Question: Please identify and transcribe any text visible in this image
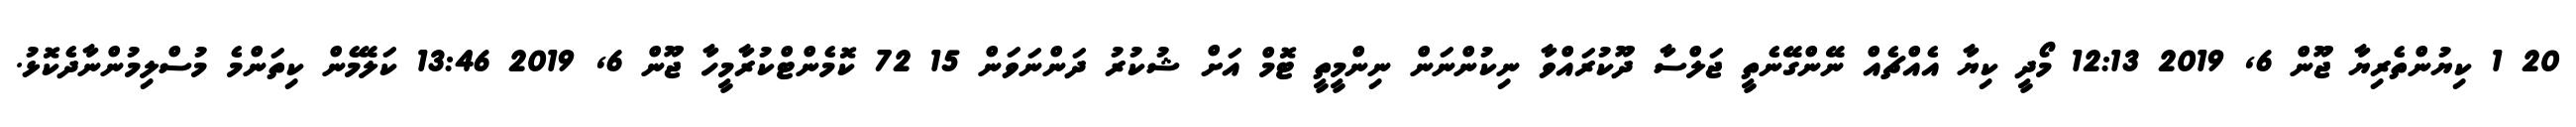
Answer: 20 1 ކިޔުންތެރިޔާ ޖޫން 6, 2019 12:13 މޯދީ ކިޔާ އެއްޗެއް ނޭންގޭނެތީ ޖަލްސާ ދޫކުރައްވާ ނިކުންނަން ނިންމީތީ ޓޮމް އަށް ޝުކުރު ދަންނަވަން 15 72 ކޮމެންޓްކުރާމީހާ ޖޫން 6, 2019 13:46 ކަލޭމެން ކިތަންމެ މުސްލިމުންނާދެކޮޅު.